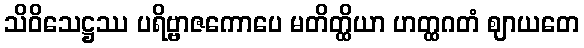
သိဝိသေဋ္ဌဿ ပရိဗ္ဗာဇကောပေ မတိတ္ထိယာ ဟတ္ထဂတံ ဈာယတေ